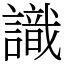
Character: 識